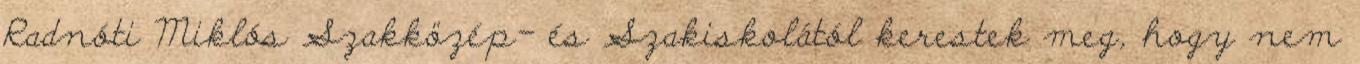
Radnóti Miklós Szakközép- és Szakiskolától kerestek meg, hogy nem